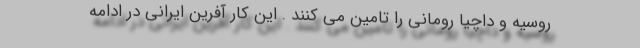
روسیه و داچیا رومانی را تامین می کنند . این کار آفرین ایرانی در ادامه